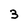
Character: 3